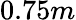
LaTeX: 0.75m